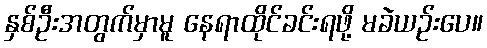
နှစ်ဦးအတွက်မှာမူ နေရာထိုင်ခင်းရဖို့ မခဲယဉ်းပေ။